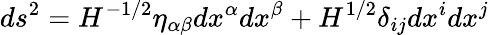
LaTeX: ds^{2}=H^{-1/2}\eta_{\alpha\beta}dx^{\alpha}dx^{\beta}+H^{1/2}\delta_{ij}dx^{i}dx^{j}